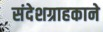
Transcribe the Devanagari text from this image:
संदेशग्राहकाने